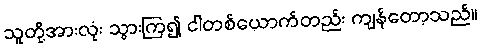
သူတို့အားလုံး သွားကြ၍ ငါတစ်ယောက်တည်း ကျန်တော့သည်။